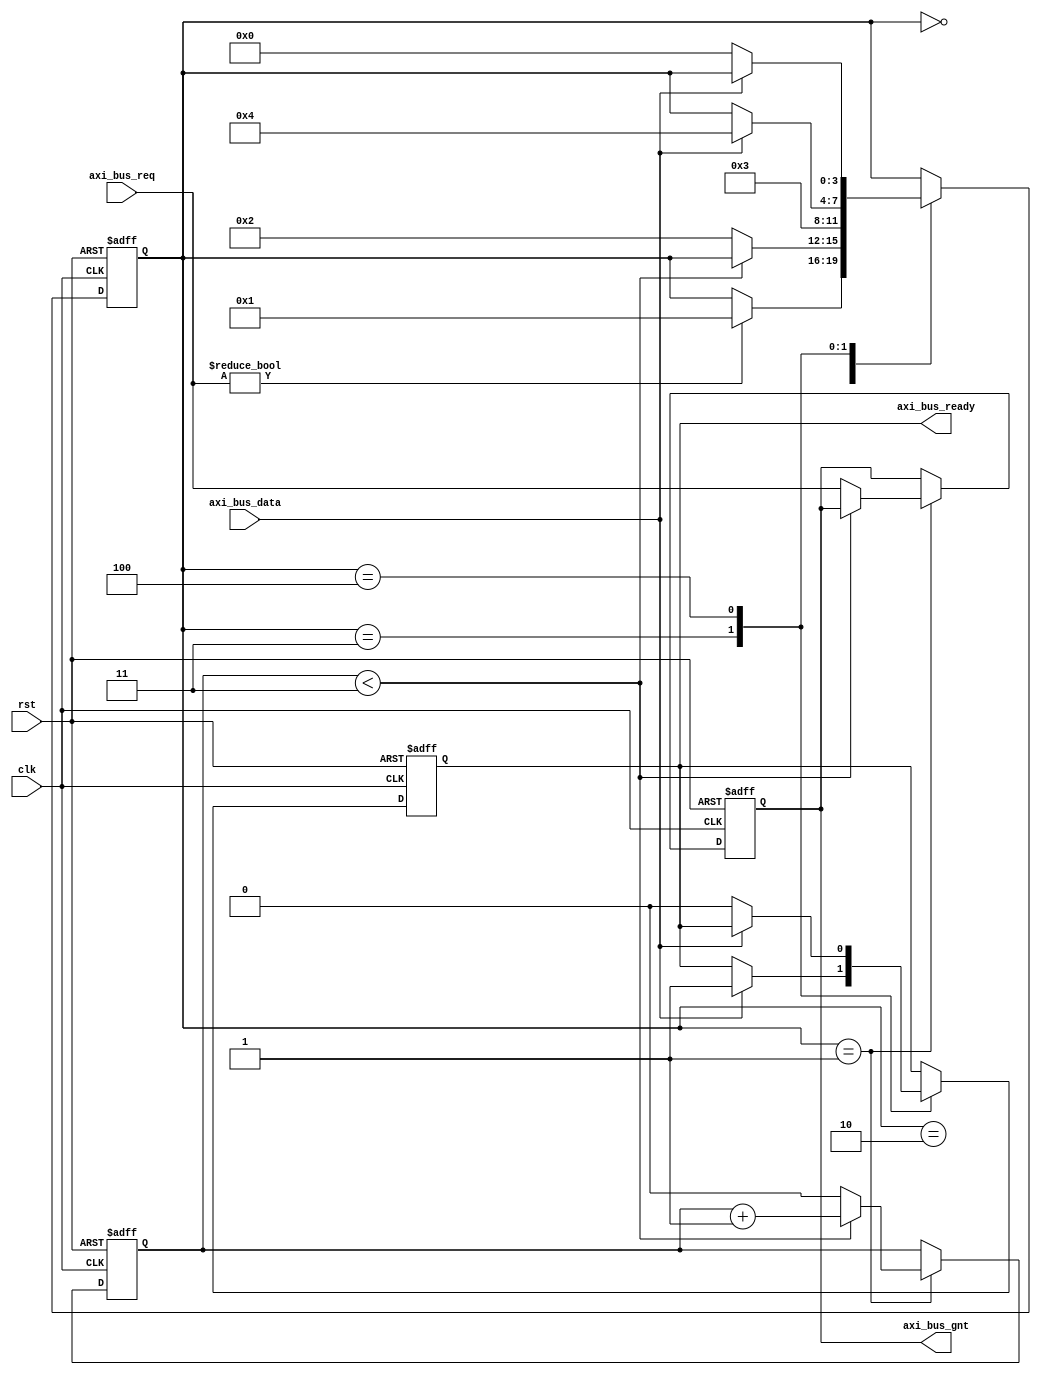
module AXI_Controller(
    input wire clk,
    input wire rst,
    input wire [3:0] axi_bus_req,
    output reg [3:0] axi_bus_gnt,
    input wire axi_bus_data,
    output reg axi_bus_ready
);

reg [3:0] axi_bus_state;
reg axi_bus_count;

parameter IDLE = 4'b0000;
parameter REQUEST = 4'b0001;
parameter GRANT = 4'b0010;
parameter DATA_TRANSFER = 4'b0011;
parameter READY = 4'b0100;

always @(posedge clk or posedge rst) begin
    if(rst) begin
        axi_bus_state <= IDLE;
        axi_bus_count <= 0;
        axi_bus_gnt <= 0;
        axi_bus_ready <= 0;
    end else begin
        case(axi_bus_state)
            IDLE: begin
                if(axi_bus_req != 4'b0000) begin
                    axi_bus_state <= REQUEST;
                end
            end
            REQUEST: begin
                if(axi_bus_count < 3) begin
                    axi_bus_count <= axi_bus_count + 1;
                end else begin
                    axi_bus_gnt <= axi_bus_req;
                    axi_bus_state <= GRANT;
                    axi_bus_count <= 0;
                end
            end
            GRANT: begin
                axi_bus_state <= DATA_TRANSFER;
            end
            DATA_TRANSFER: begin
                if(axi_bus_data) begin
                    axi_bus_ready <= 1;
                    axi_bus_state <= READY;
                end
            end
            READY: begin
                if(~axi_bus_data) begin
                    axi_bus_ready <= 0;
                    axi_bus_state <= IDLE;
                end
            end
        endcase
    end
end

endmodule